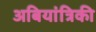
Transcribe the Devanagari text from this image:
अबियांत्रिकी